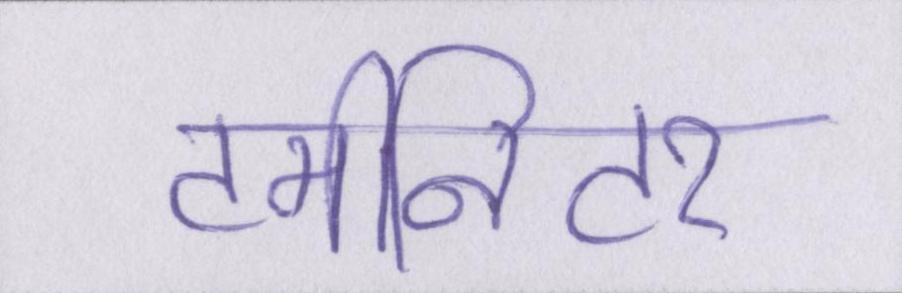
टर्मीनेटर